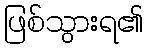
ဖြစ်သွားရ၏